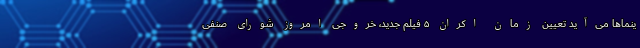
ینما‌ها می‌آید تعیین زمان اکران ۵ فیلم جدید، خروجی امروز شورای صنفی